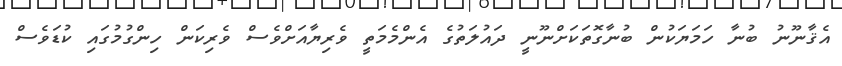
އެޤާނޫނު ބުނާ ހަމަޔަކުން ބުނާގޮތަކަށްނޫނީ ދައުލަތުގެ އެންމެމަތީ ވެރިޔާއަށްވެސް ވެރިކަން ހިންގުމުގައި ކުޑަވެސް